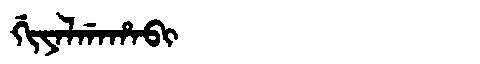
Manchu: ᡤᡳᠶᠠᠯᡤᠠᡥᠠᠪᡳ
Romanization: GIYALGAHABI